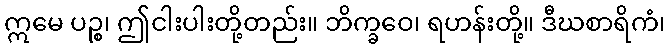
ဣမေ ပဉ္စ၊ ဤငါးပါးတို့တည်း။ ဘိက္ခဝေ၊ ရဟန်းတို့။ ဒီဃစာရိကံ၊